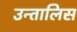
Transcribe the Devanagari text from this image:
उन्तालिस